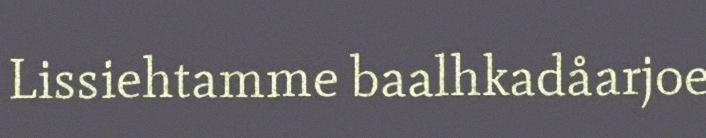
Lissiehtamme baalhkadåarjoe